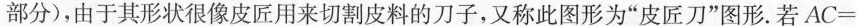
部分)，由于其形状很像皮匠用来切割皮料的刀子，又称此图形为”皮匠刀”图形。若$$A C =